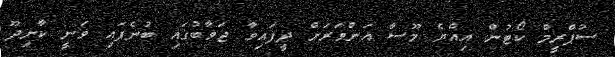
ސުޕްރީމް ކޯޓުން އިއްޔެ މޫސާ އަންވަރަށް ދީފައިވާ ޖަވާބުގައި ބުނެފައި ވަނީ ކާށިދޫ